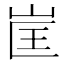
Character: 𭖕